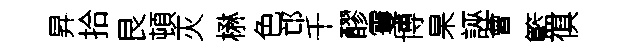
昇拾艮頓灭楙色邙千醪䨥博杲誣會籃俱